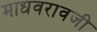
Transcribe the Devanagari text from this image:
माधवरावजी